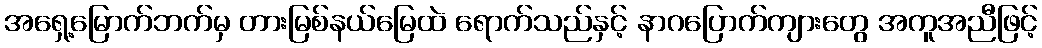
အရှေ့မြောက်ဘက်မှ တားမြစ်နယ်မြေထဲ ရောက်သည်နှင့် နာဂပြောက်ကျားတွေ အကူအညီဖြင့်